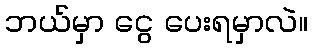
ဘယ်မှာ ငွေ ပေးရမှာလဲ။